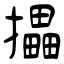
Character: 攂